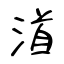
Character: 渞